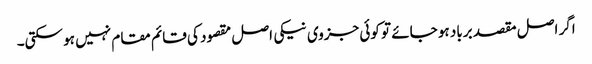
اگر اصل مقصد برباد ہو جائے تو کوئی جزوی نیکی اصل مقصود کی قائم مقام نہیں ہو سکتی۔